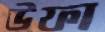
উফা